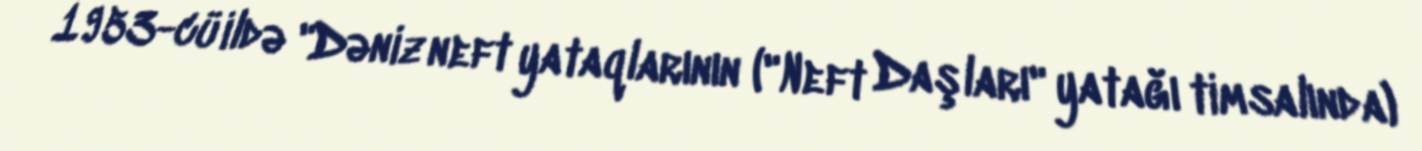
1953-cü ildə "Dəniz neft yataqlarının ("Neft Daşları" yatağı timsalında)